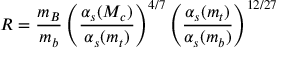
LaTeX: R = \frac { m _ { B } } { m _ { b } } \left( \frac { \alpha _ { s } ( M _ { c } ) } { \alpha _ { s } ( m _ { t } ) } \right) ^ { 4 / 7 } \left( \frac { \alpha _ { s } ( m _ { t } ) } { \alpha _ { s } ( m _ { b } ) } \right) ^ { 1 2 / 2 7 }